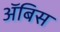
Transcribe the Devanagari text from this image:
ॲबिस